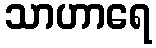
သာဟာရေ